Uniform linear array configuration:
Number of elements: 8
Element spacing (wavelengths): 0.25
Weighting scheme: cosine
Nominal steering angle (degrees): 60
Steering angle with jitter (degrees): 61.547
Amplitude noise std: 0.05
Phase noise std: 0.05

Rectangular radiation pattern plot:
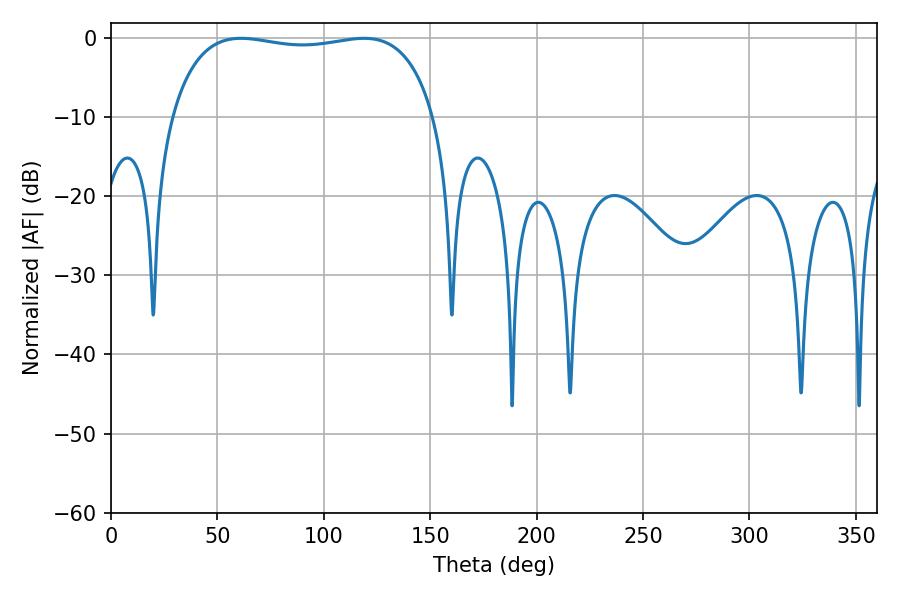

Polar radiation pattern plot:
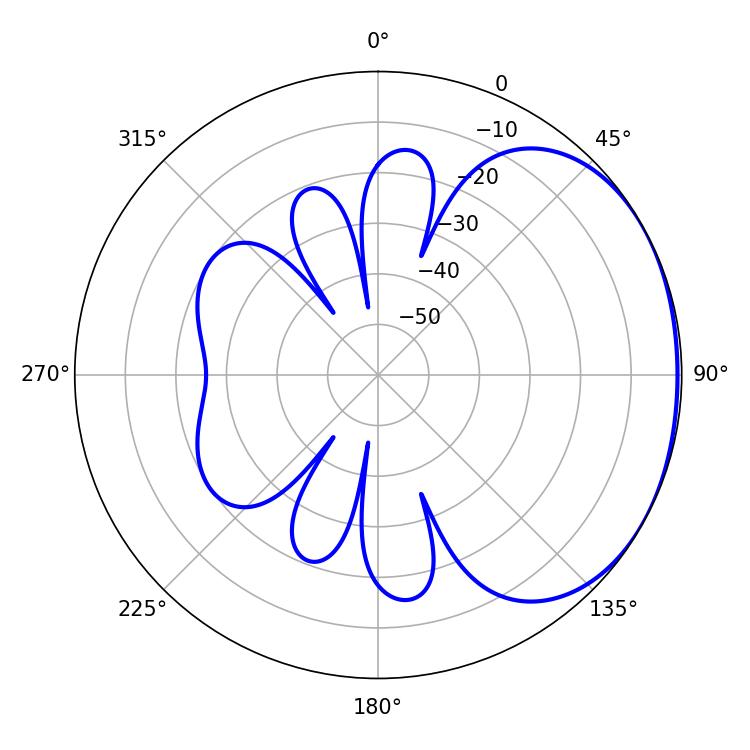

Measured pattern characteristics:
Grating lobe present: FALSE
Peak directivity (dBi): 1.518
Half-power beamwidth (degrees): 99.72
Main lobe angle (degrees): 61.02